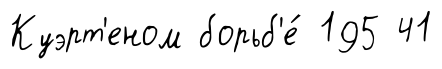
Куэрт'еном борьб'е́ 195 41